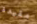
مقيدة